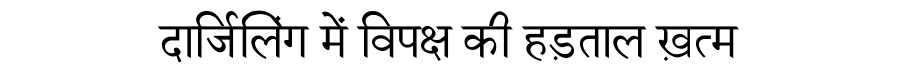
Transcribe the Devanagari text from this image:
दार्जिलिंग में विपक्ष की हड़ताल ख़त्म